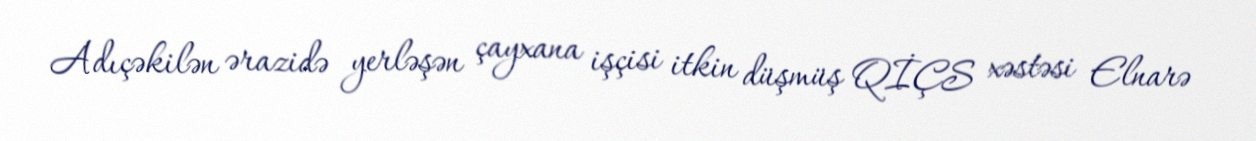
Adıçəkilən ərazidə yerləşən çayxana işçisi itkin düşmüş QİÇS xəstəsi Elnarə